Vaccination in the Punjab 1897-1904 - 1897-1904
Year: 1897
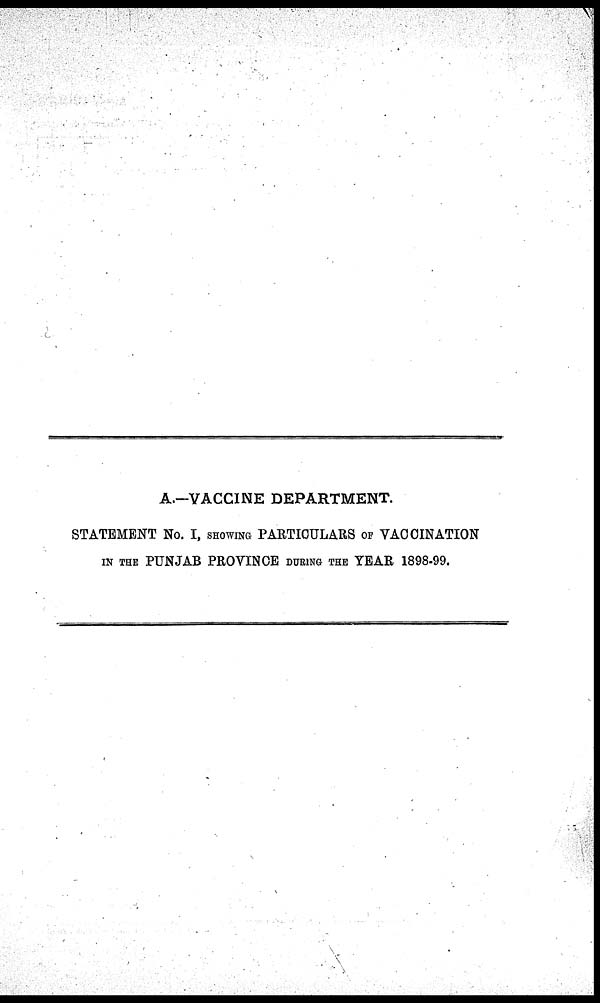
A.—VACCINE DEPARTMENT.
STATEMENT No. I, SHOWING PARTICULARS OF VACCINATION
IN THE PUNJAB PROVINCE DURING THE YEAR 1898-99.